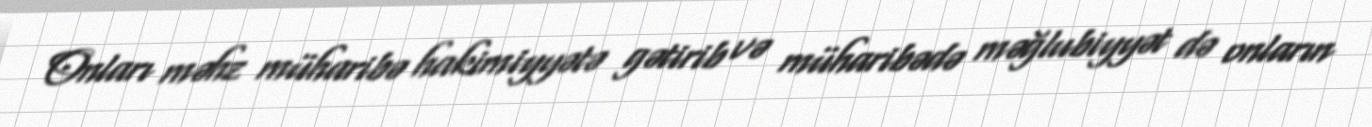
Onları məhz müharibə hakimiyyətə gətirib və müharibədə məğlubiyyət də onların